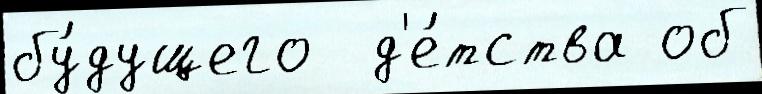
бу́дущего  д'е́тства об